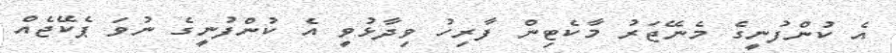
އެ ކުންފުނީގެ މެނޭޖަރު މާކެޓިން ފާރިހު ވިދާޅުވީ އެ ކުންފުނީގެ ނުވަ ޕެކޭޖެއް